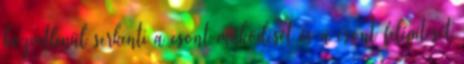
közvetlenül serkenti a csont működését és a csont felépítését